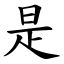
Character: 是